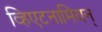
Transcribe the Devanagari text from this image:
व्हिएटनामियन्